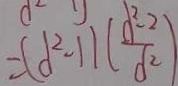
= ( d ^ { 2 } - 1 ) ( \frac { d ^ { 2 } - 2 } { d ^ { 2 } } )